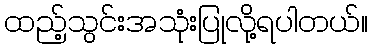
ထည့်သွင်းအသုံးပြုလို့ရပါတယ်။